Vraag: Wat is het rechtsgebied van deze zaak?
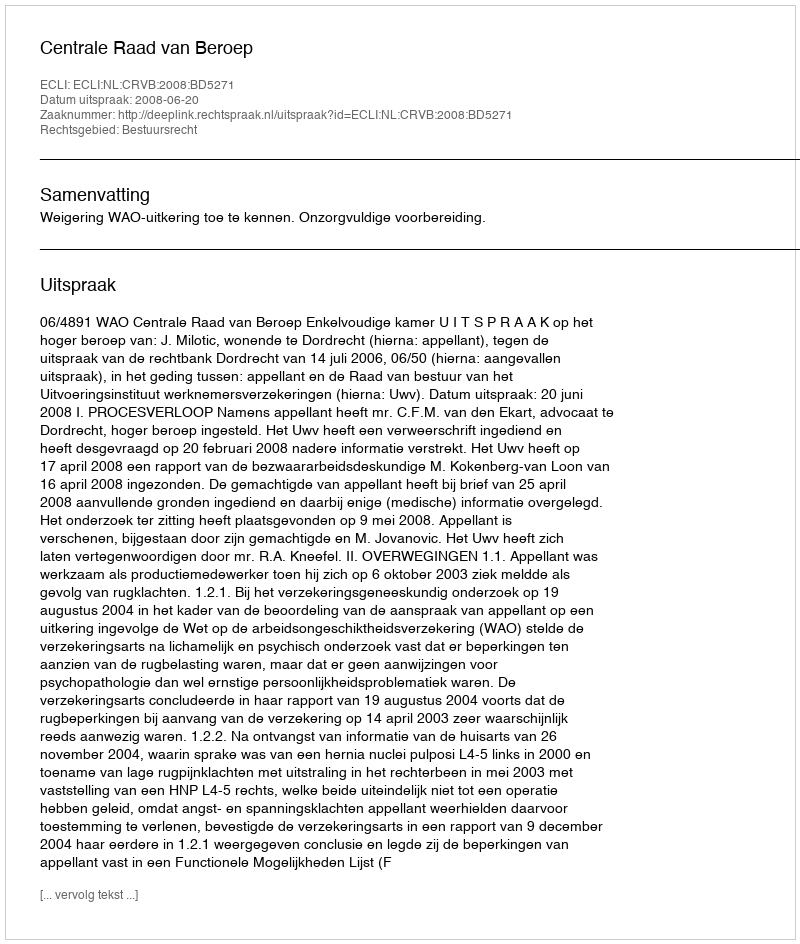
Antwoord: Bestuursrecht